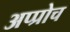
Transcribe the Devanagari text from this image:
अप्प्रोच